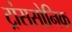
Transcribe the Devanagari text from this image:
ट्रांससोनिक